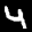
Label: 4